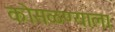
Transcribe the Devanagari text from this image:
कोसळण्याला